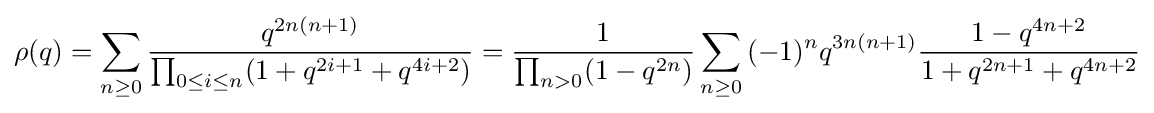
\rho (q)=\sum _{n\geq 0}{\frac {q^{2n(n+1)}}{\prod _{0\leq i\leq n}(1+q^{2i+1}+q^{4i+2})}}={\frac {1}{\prod _{n>0}(1-q^{2n})}}\sum _{n\geq 0}{(-1)^{n}q^{3n(n+1)}{\frac {1-q^{4n+2}}{1+q^{2n+1}+q^{4n+2}}}}